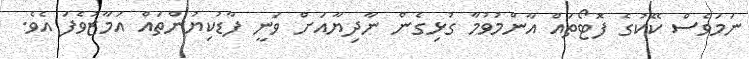
ނަމަވެސް ކޭކުގެ ފޮޓޯތައް އާންމުވުމާ ގުޅިގެން ނާދިޔާއަށް ވަނީ ފާޑުކިޔުންތައް އަމާޒުވެފަ އެވެ.